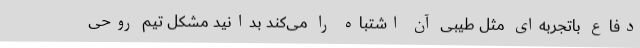
دفاع باتجربه‌ای مثل طیبی آن اشتباه را می‌کند بدانید مشکل تیم روحی